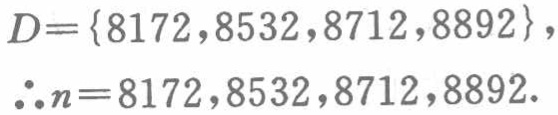
\(D = \{8172, 8532, 8712, 8892\},\)
\(\therefore n = 8172, 8532, 8712, 8892.\)